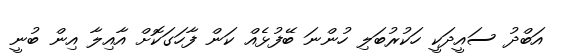
އަބްދު ސައީދަކީ ހަކުރުބަލި ހުންނަ ބޭފުޅެއް ކަން ފާހަގަކޮށް އާއިލާ އިން ބުނީ